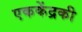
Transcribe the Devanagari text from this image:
एककेंद्रकी